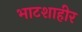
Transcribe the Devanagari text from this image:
भाटशाहीर